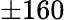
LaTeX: \pm 160